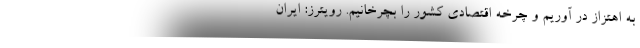
به اهتزاز در آوریم و چرخه اقتصادی کشور را بچرخانیم. رویترز: ایران